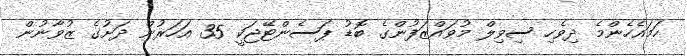
ހަމައެހެންމެ ދިވެހި ސިވިލް މުވައްޒަފުންގެ ބޮޑު ޕަސެންޓޭޖަކީ 35 އަހަރުން ދަށުގެ ޒުވާނުން